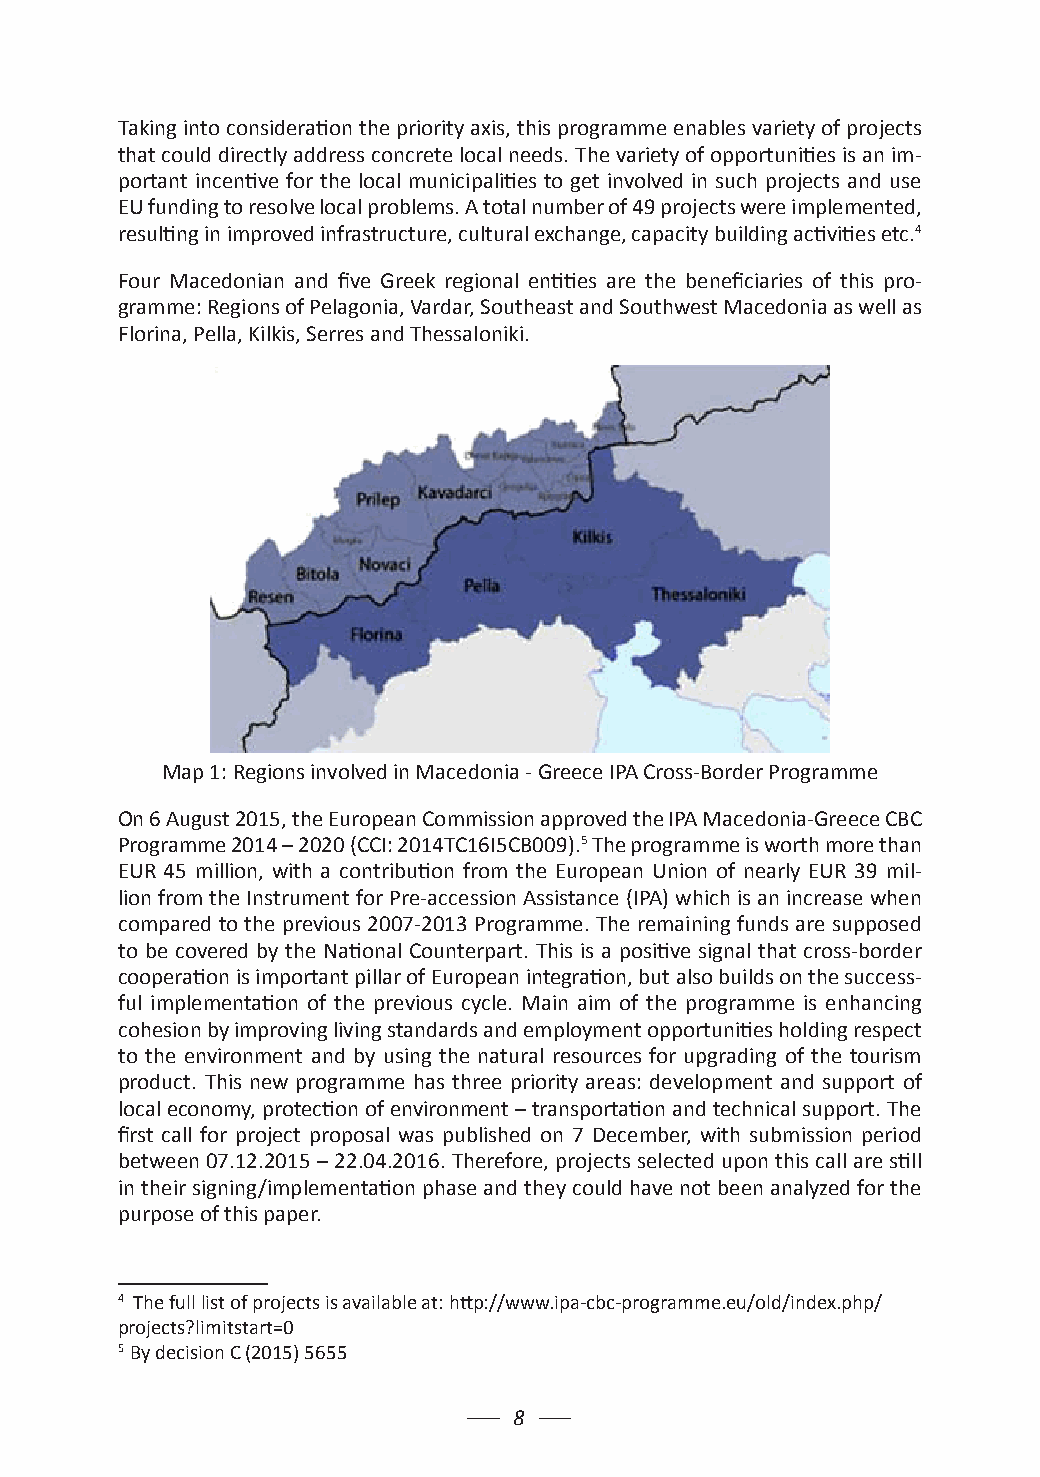
Taking into consideration the priority axis, this programme enables variety of projects
 that could directly address concrete local needs. The variety of opportunities is an im-
 portant incentive for the local municipalities to get involved in such projects and use
 EU funding to resolve local problems. A total number of 49 projects were implemented,
 resulting in improved infrastructure, cultural exchange, capacity building activities etc.4
 Four Macedonian and five Greek regional entities are the beneficiaries of this pro-
 gramme: Regions of Pelagonia, Vardar, Southeast and Southwest Macedonia as well as
 Florina, Pella, Kilkis, Serres and Thessaloniki.
 Map 1: Regions involved in Macedonia - Greece IPA Cross-Border Programme
 On 6 August 2015, the European Commission approved the IPA Macedonia-Greece CBC
 Programme 2014 – 2020 (CCI: 2014TC16I5CB009).5 The programme is worth more than
 EUR 45 million, with a contribution from the European Union of nearly EUR 39 mil-
 lion from the Instrument for Pre-accession Assistance (IPA) which is an increase when
 compared to the previous 2007-2013 Programme. The remaining funds are supposed
 to be covered by the National Counterpart. This is a positive signal that cross-border
 cooperation is important pillar of European integration, but also builds on the success-
 ful implementation of the previous cycle. Main aim of the programme is enhancing
 cohesion by improving living standards and employment opportunities holding respect
 to the environment and by using the natural resources for upgrading of the tourism
 product. This new programme has three priority areas: development and support of
 local economy, protection of environment – transportation and technical support. The
 first call for project proposal was published on 7 December, with submission period
 between 07.12.2015 – 22.04.2016. Therefore, projects selected upon this call are still
 in their signing/implementation phase and they could have not been analyzed for the
 purpose of this paper.
 4 The full list of projects is available at: http://www.ipa-cbc-programme.eu/old/index.php/
 projects?limitstart=0
 5 By decision C (2015) 5655
 8